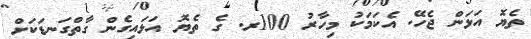
ތެޔޮ އަޅަން ޖެހޭ. އެކަމަކު މިހާރު 100ރ. ގެ ތެޔޮ އަޅައިގެން ގާތްގަނޑަކަށް